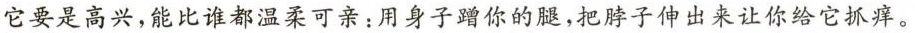
它要是高兴，能比谁都温柔可亲：用身子蹭你的腿，把脖子伸出来让你给它抓痒。